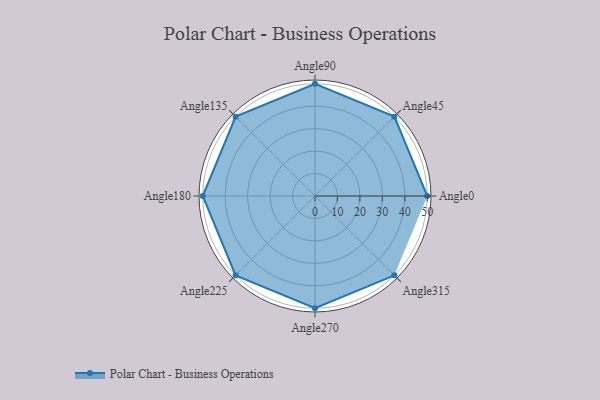
{"axis": {"x": "Angle", "y": "Radius"}, "legend": [""], "data": [{"x": "Angle0", "y": 50, "type": ""}, {"x": "Angle45", "y": 50, "type": ""}, {"x": "Angle90", "y": 50, "type": ""}, {"x": "Angle135", "y": 50, "type": ""}, {"x": "Angle180", "y": 50, "type": ""}, {"x": "Angle225", "y": 50, "type": ""}, {"x": "Angle270", "y": 50, "type": ""}, {"x": "Angle315", "y": 50, "type": ""}]}